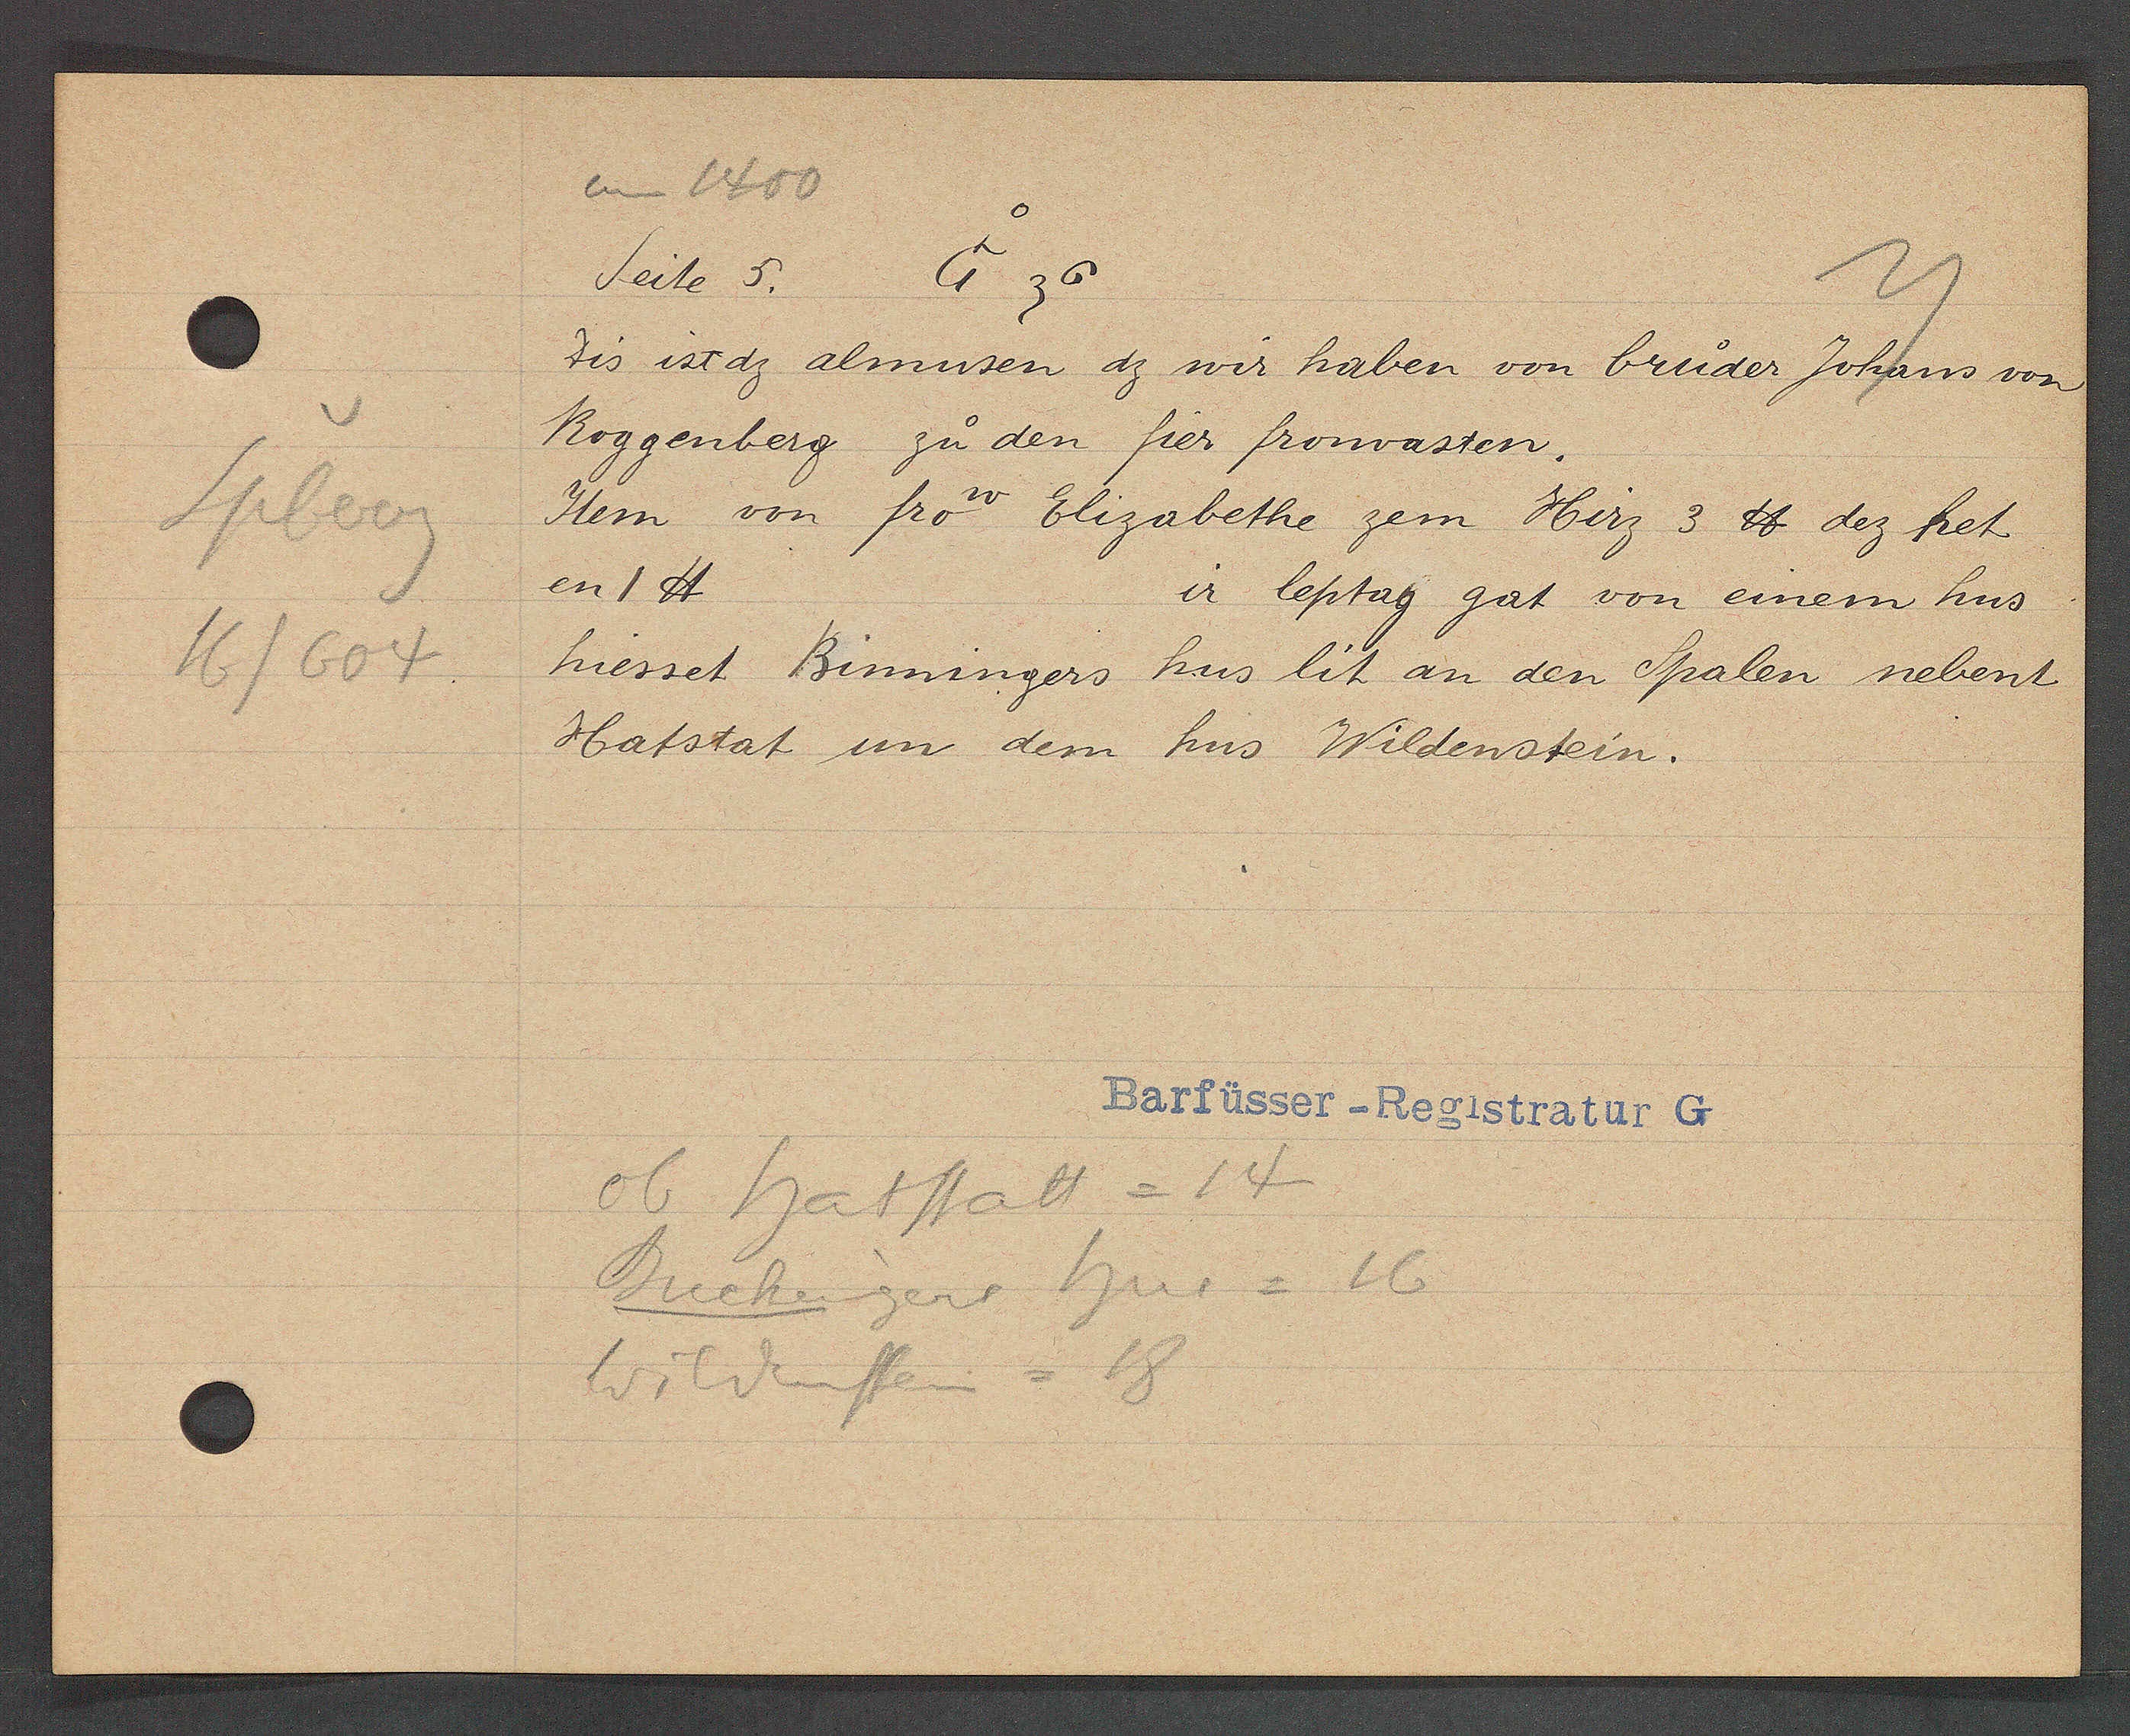
Transcript:
Spberg
16/604

um 1400
G 36
Seite 5.

dis ist dz almusen dz wir haben von bruder Johans von
Roggenberg zu den fier fronvasten.
Item von frow Elisabethe zem Hirz 3 ℔ dez het
en 1 ℔
ir leptag gat von einem hus
hiesset Binningers hus lit an den Spalen nebent
Hatstat im dem hus Wildenstein.

Ob hatstatt = 14
Buchengers hus = 16
Wildensten = 18

Barfüsser-Registratur G